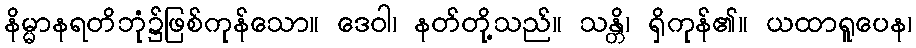
နိမ္မာနရတိဘုံ၌ဖြစ်ကုန်သော။ ဒေဝါ၊ နတ်တို့သည်။ သန္တိ၊ ရှိကုန်၏။ ယထာရူပေန၊